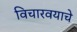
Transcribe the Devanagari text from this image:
विचारवयाचे